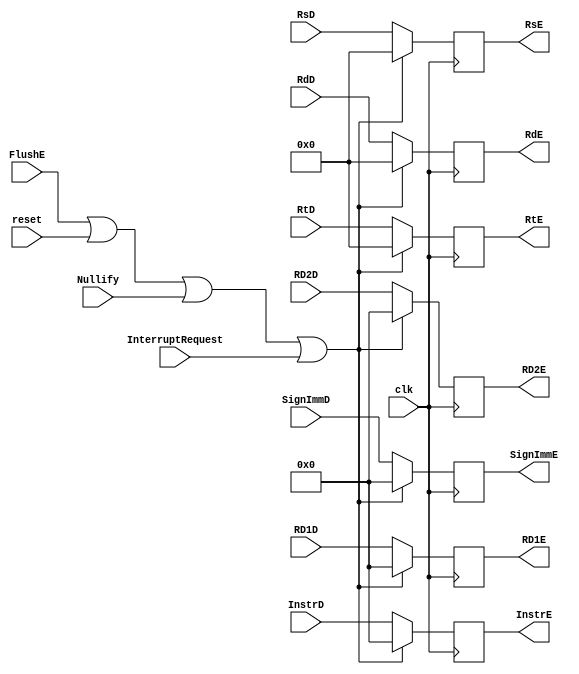
`timescale 1ns / 1ps
//////////////////////////////////////////////////////////////////////////////////
// Company: 
// Engineer: 
// 
// Design Name: 
// Module Name:    IDEX 
// Project Name: 
// Target Devices: 
// Tool versions: 
// Description: 
//
// Dependencies: 
//
// Revision: 
// Revision 0.01 - File Created
// Additional Comments: 
//
//////////////////////////////////////////////////////////////////////////////////
module IDEX(
	 input InterruptRequest,
    input clk,
	 input reset,
    input FlushE,
	 input Nullify,
    input [4:0] RsD,
    output reg[4:0] RsE  = 0,
    input [4:0] RtD,
    output reg[4:0] RtE = 0,
    input [4:0] RdD,
    output reg[4:0] RdE = 0,
    input [31:0] RD1D,
    output reg[31:0] RD1E = 0,
    input [31:0] RD2D,
    output reg[31:0] RD2E = 0,
	 input [31:0] SignImmD,
	 output reg[31:0] SignImmE,
	 input [31:0] InstrD,
	 output reg[31:0] InstrE
    );
	always @(posedge clk) begin
		if (FlushE || reset || Nullify || InterruptRequest) begin
			RsE <= 0;
			RtE <= 0;
			RdE <= 0;
			RD1E <= 0;
			RD2E <= 0;
			SignImmE <= 0;
			InstrE <= 0;
		end
		else begin
			RsE <= RsD;
			RtE <= RtD;
			RdE <= RdD;
			RD1E <= RD1D;
			RD2E <= RD2D;
			SignImmE <= SignImmD;
			InstrE <= InstrD;
		end
	end

endmodule